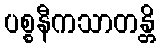
ပစ္စနီကသာတန္တိ